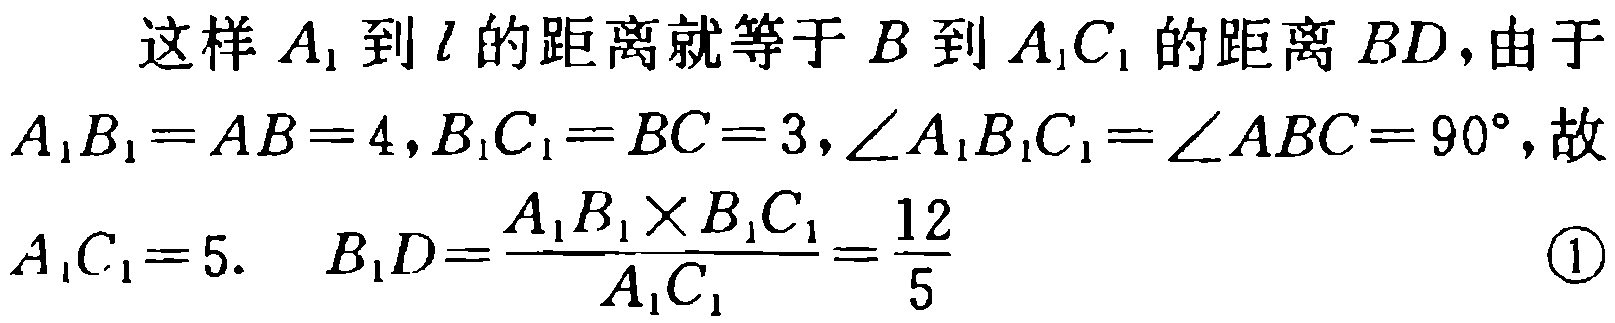
这样 \(A_{1}\) 到 \(l\) 的距离就等于 \(B\) 到 \(A_{1}C_{1}\) 的距离 \(BD\)，由于 \(A_{1}B_{1}=AB = 4,B_{1}C_{1}=BC = 3,\angle A_{1}B_{1}C_{1}=\angle ABC = 90^{\circ}\)，故 \(A_{1}C_{1}=5.\) \(B_{1}D=\frac{A_{1}B_{1}\times B_{1}C_{1}}{A_{1}C_{1}}=\frac{12}{5}\) \textcircled{1}